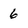
Character: 6